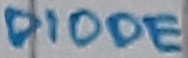
Text: DIODE